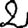
Digit: 2